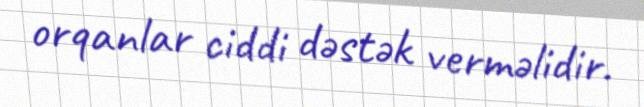
orqanlar ciddi dəstək verməlidir.